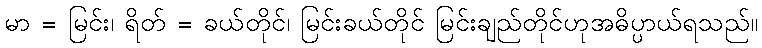
မာ = မြင်း၊ ရိတ် = ခယ်တိုင်၊ မြင်းခယ်တိုင် မြင်းချည်တိုင်ဟုအဓိပ္ပာယ်ရသည်။